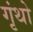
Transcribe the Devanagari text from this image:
गृंथो